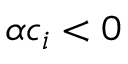
\alpha c _ { i } < 0